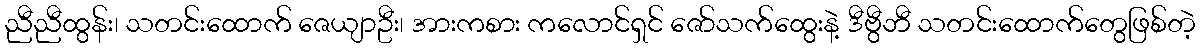
ညီညီထွန်း၊ သတင်းထောက် ဇေယျာဦး၊ အားကစား ကလောင်ရှင် ဇော်သက်ထွေးနဲ့ ဒီဗွီဘီ သတင်းထောက်တွေဖြစ်တဲ့